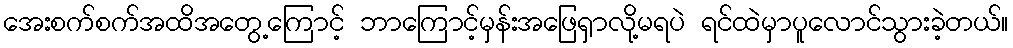
အေးစက်စက်အထိအတွေ့ကြောင့် ဘာကြောင့်မှန်းအဖြေရှာလို့မရပဲ ရင်ထဲမှာပူလောင်သွားခဲ့တယ်။